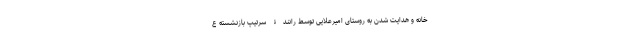
خانه و هدایت شدن به روستای امیرعلایی توسط رانندۀ سرتیپ بازنشسته ع